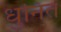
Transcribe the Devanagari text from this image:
धुनित